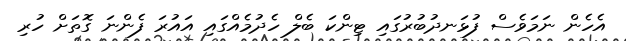
އެހެން ނަމަވެސް ފުޅަނދުބުރުގައި ޓިންކަ ބެލް ހެދުމެއްގައި އައުރަ ފެންނަ ގޮތަށް ހުރި